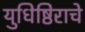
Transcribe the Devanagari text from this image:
युधिष्ठिराचे